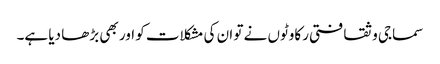
سماجی و ثقافتی رکاوٹوں نے تو ان کی مشکلات کو اور بھی بڑھا دیا ہے۔